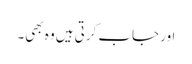
اور جاب کرتی ہیں وہ بھی۔